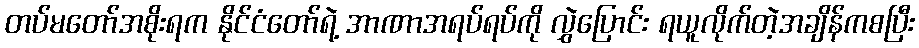
တပ်မတော်အစိုးရက နိုင်ငံတော်ရဲ့ အာဏာအရပ်ရပ်ကို လွှဲပြောင်း ရယူလိုက်တဲ့အချိန်ကစပြီး